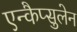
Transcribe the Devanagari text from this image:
एन्कैप्सुलेन